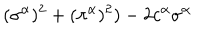
LaTeX: ( \sigma ^ { \alpha } ) ^ { 2 } + ( \pi ^ { \alpha } ) ^ { 2 } ) - 2 c ^ { \alpha } \sigma ^ { \alpha }